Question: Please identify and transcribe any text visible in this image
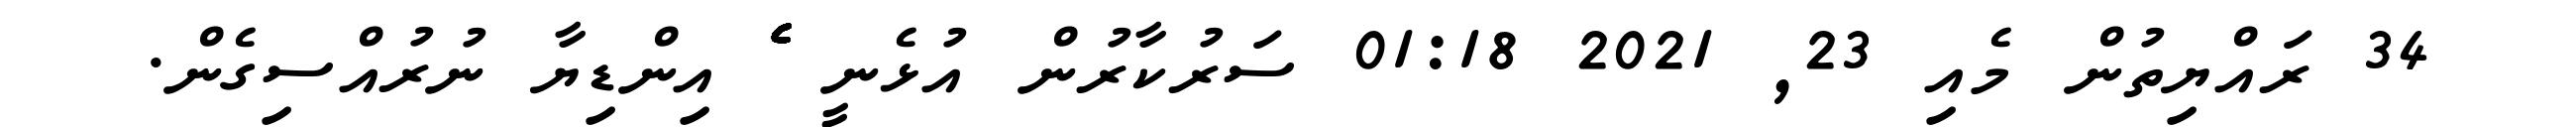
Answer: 34 ރައްޔިތުން މެއި 23, 2021 01:18 ސަރުކާރުން އުޅެނީ ެެެެެެެެެެެެެެެެެެެެެެެެެެެެެެެެެެެެެެެެެެެެެެެެެެެެެެެެެެެެެެެ އިންޑިޔާ ނުރުއްސިގެން.